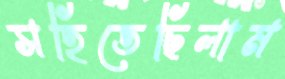
সহিতেছিলাম